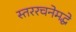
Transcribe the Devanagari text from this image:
स्तररचनेमद्धे